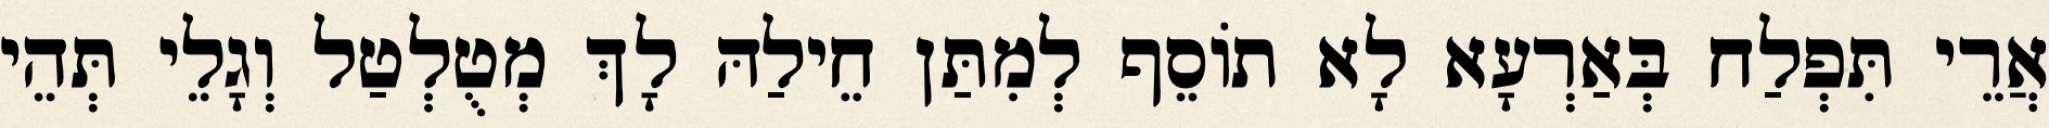
אֲרֵי תִּפְלַח בְּאַרְעָא לָא תוֹסֵף לְמִתַּן חֵילַהּ לָךְ מְטֻלְטַל וְגָלֵי תְּהֵי